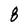
Character: 8